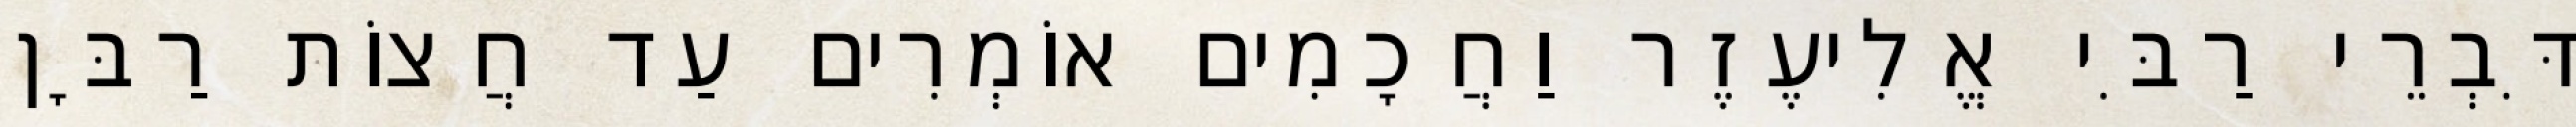
דִּבְרֵי רַבִּי אֱלִיעֶזֶר וַחֲכָמִים אוֹמְרִים עַד חֲצוֹת רַבָּן